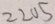
2 2 0 5